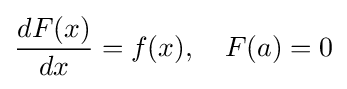
{\frac {dF(x)}{dx}}=f(x),\quad F(a)=0